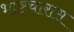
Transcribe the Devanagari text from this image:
भाष्टचारास